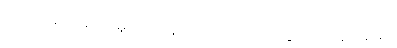
ယှဉ်၍ ဆိုသည်)။ မူလပဒါနိ၊ တို့ကို။ ဒေဿတွာ၊ ၍။ ဣဒါနိ၊ ၌။